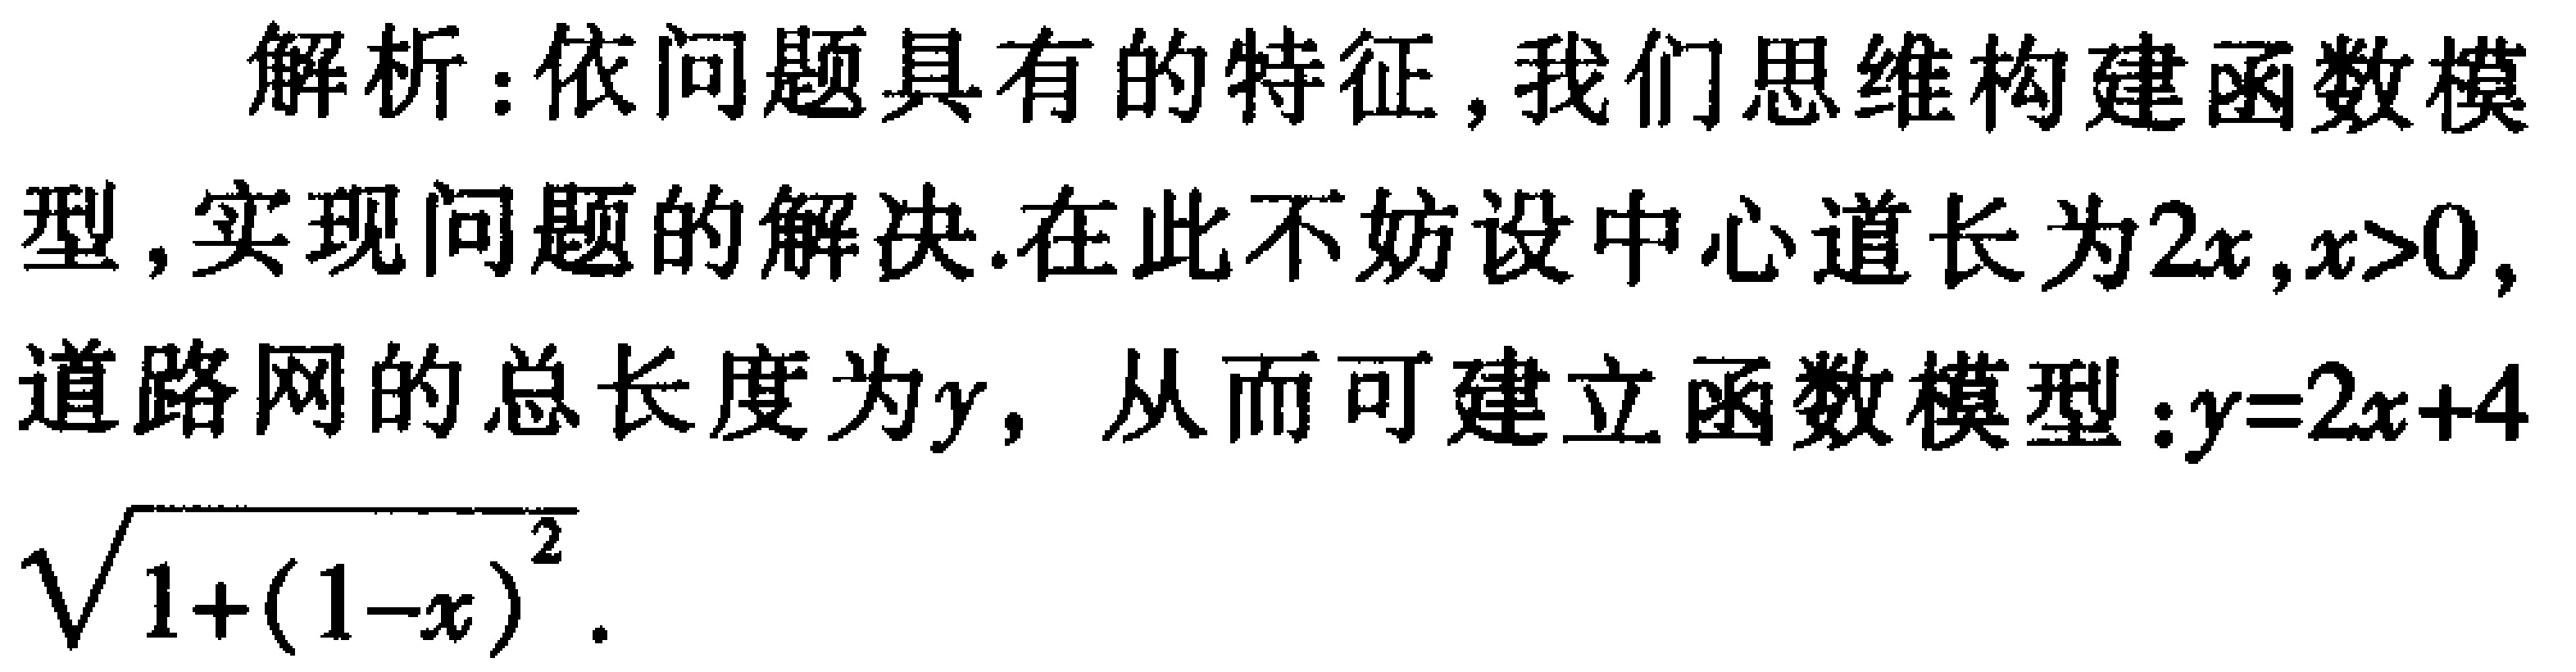
解析：依问题具有的特征，我们思维构建函数模型，实现问题的解决.在此不妨设中心道长为\(2x,x > 0\)，道路网的总长度为\(y\)，从而可建立函数模型：\(y = 2x + 4\sqrt{1+(1 - x)^{2}}\).